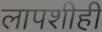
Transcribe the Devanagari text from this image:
लापशीही